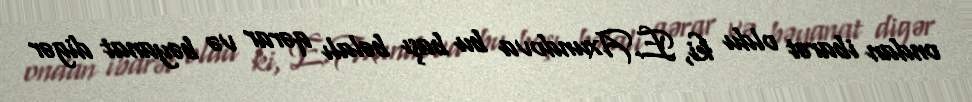
ondan ibarət oldu ki, E.Axundova bu başı bəlalı qərar və bəyanat digər